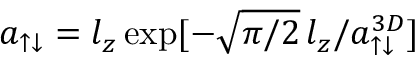
a _ { \uparrow \downarrow } = l _ { z } \exp [ - \sqrt { \pi / 2 } \, l _ { z } / a _ { \uparrow \downarrow } ^ { 3 D } ]